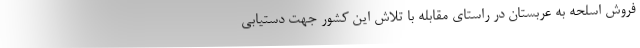
فروش اسلحه به عربستان در راستای مقابله با تلاش این کشور جهت دستیابی